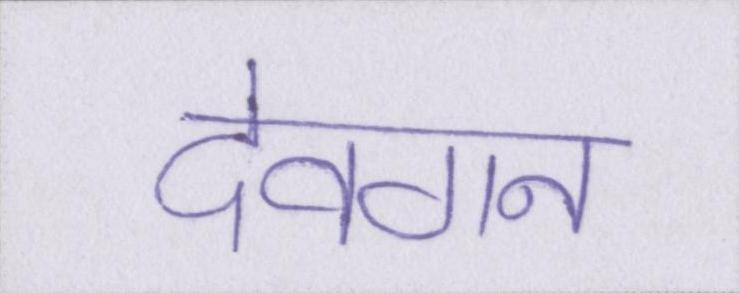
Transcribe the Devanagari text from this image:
देवगन